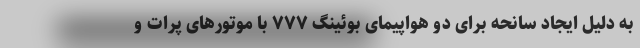
به دلیل ایجاد سانحه برای دو هواپیمای بوئینگ ۷۷۷ با موتورهای پرات و